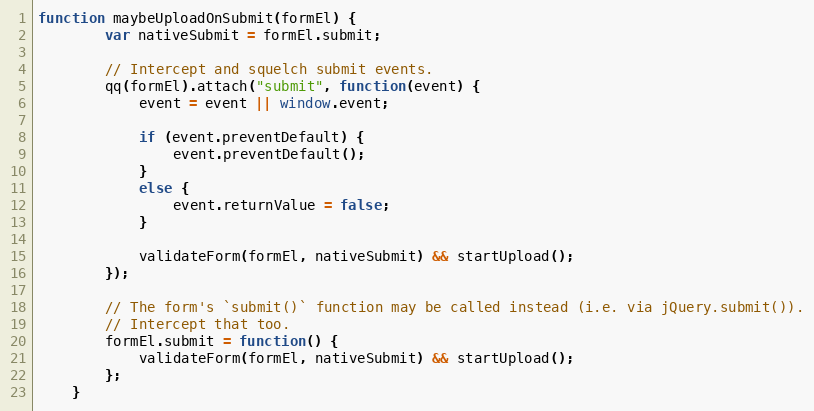
Language: JavaScript
function maybeUploadOnSubmit(formEl) {
        var nativeSubmit = formEl.submit;

        // Intercept and squelch submit events.
        qq(formEl).attach("submit", function(event) {
            event = event || window.event;

            if (event.preventDefault) {
                event.preventDefault();
            }
            else {
                event.returnValue = false;
            }

            validateForm(formEl, nativeSubmit) && startUpload();
        });

        // The form's `submit()` function may be called instead (i.e. via jQuery.submit()).
        // Intercept that too.
        formEl.submit = function() {
            validateForm(formEl, nativeSubmit) && startUpload();
        };
    }